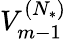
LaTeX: V_{m-1}^{({N_{*}})}